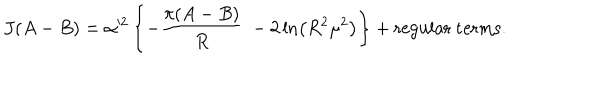
J ( A - B ) = \alpha ^ { 2 } \left\{ - \frac { \pi ( A - B ) } { R } \ - 2 \ln \left( R ^ { 2 } \mu ^ { 2 } \right) \right\} + \mathrm { r e g u l a r ~ t e r m s } .